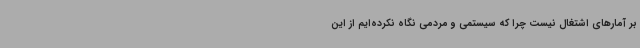
بر آمارهای اشتغال نیست چرا که سیستمی و مردمی نگاه نکرده‌ایم از این